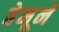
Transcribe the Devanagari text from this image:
हेमूने